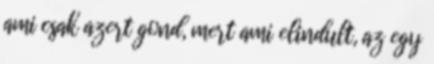
ami csak azert gond, mert ami elindult, az egy